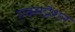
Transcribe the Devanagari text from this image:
एक्सप्रैशन